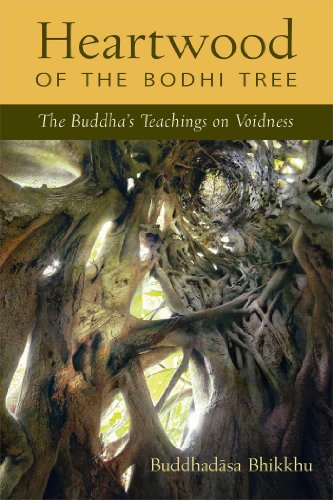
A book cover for Heartwood of the Bodhi Tree: The Buddha's Teachings on Voidness; Buddhadasa Bhikkhu; Religion & Spirituality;